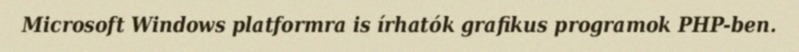
Microsoft Windows platformra is írhatók grafikus programok PHP-ben.